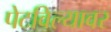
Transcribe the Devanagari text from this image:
पेटविल्यावर